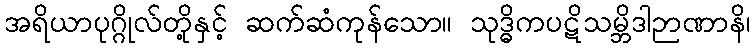
အရိယာပုဂ္ဂိုလ်တို့နှင့် ဆက်ဆံကုန်သော။ သုဒ္ဓိကပဋိသမ္ဘိဒါဉာဏာနိ၊